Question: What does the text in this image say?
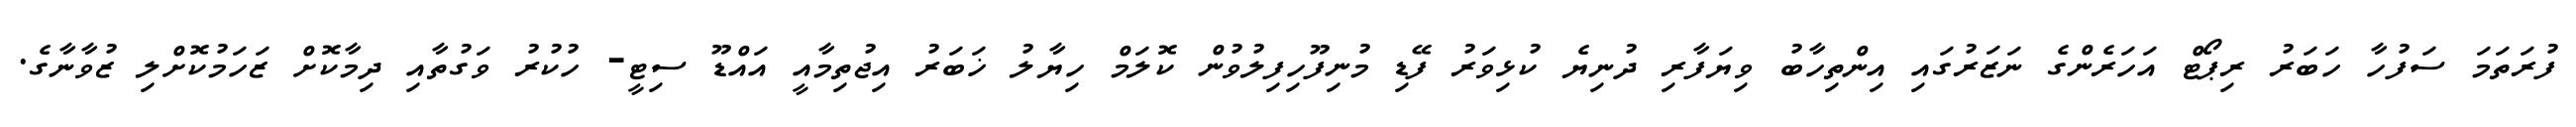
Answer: ފުރަތަމަ ސަފުހާ ހަބަރު ރިޕޯޓް އަހަރެންގެ ނަޒަރުގައި އިންތިހާބު ވިޔަފާރި ދުނިޔެ ކުޅިވަރު ފޭޑި މުނިފޫހިފިލުވުން ކޮލަމް ހިޔާލު ޚަބަރު އިޖުތިމާއީ އައްޑޫ ސިޓީ- ހުކުރު ވަގުތާއި ދިމާކޮށް ޒަހަމުކޮށްލި ޒުވާނާގެ.